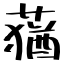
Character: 蕕